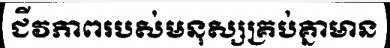
ជីវភាពរបស់មនុស្សគ្រប់គ្នាមាន